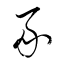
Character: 豕